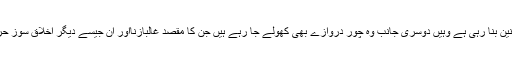
حکومت سخت سے سخت قوانین بنا رہی ہے وہیں دوسری جانب وہ چور دروازے بھی کھولے جا رہے ہیں جن کا مقصد غالباًزنااور ان جیسے دیگر اخلاق سوز حرکات کوکم کرکے دکھاناہے۔